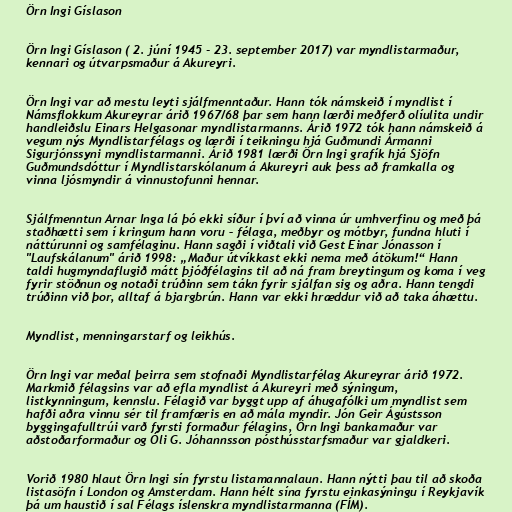
Örn Ingi Gíslason

Örn Ingi Gíslason ( 2. júní 1945 - 23. september 2017) var myndlistarmaður,
kennari og útvarpsmaður á Akureyri.

Örn Ingi var að mestu leyti sjálfmenntaður. Hann tók námskeið í myndlist í
Námsflokkum Akureyrar árið 1967/68 þar sem hann lærði meðferð olíulita undir
handleiðslu Einars Helgasonar myndlistarmanns. Árið 1972 tók hann námskeið á
vegum nýs Myndlistarfélags og lærði í teikningu hjá Guðmundi Ármanni
Sigurjónssyni myndlistarmanni. Árið 1981 lærði Örn Ingi grafík hjá Sjöfn
Guðmundsdóttur í Myndlistarskólanum á Akureyri auk þess að framkalla og
vinna ljósmyndir á vinnustofunni hennar.

Sjálfmenntun Arnar Inga lá þó ekki síður í því að vinna úr umhverfinu og með þá
staðhætti sem í kringum hann voru – félaga, meðbyr og mótbyr, fundna hluti í
náttúrunni og samfélaginu. Hann sagði í viðtali við Gest Einar Jónasson í
"Laufskálanum" árið 1998: „Maður útvíkkast ekki nema með átökum!“ Hann
taldi hugmyndaflugið mátt þjóðfélagins til að ná fram breytingum og koma í veg
fyrir stöðnun og notaði trúðinn sem tákn fyrir sjálfan sig og aðra. Hann tengdi
trúðinn við þor, alltaf á bjargbrún. Hann var ekki hræddur við að taka áhættu.

Myndlist, menningarstarf og leikhús.

Örn Ingi var meðal þeirra sem stofnaði Myndlistarfélag Akureyrar árið 1972.
Markmið félagsins var að efla myndlist á Akureyri með sýningum,
listkynningum, kennslu. Félagið var byggt upp af áhugafólki um myndlist sem
hafði aðra vinnu sér til framfæris en að mála myndir. Jón Geir Ágústsson
byggingafulltrúi varð fyrsti formaður félagins, Örn Ingi bankamaður var
aðstoðarformaður og Óli G. Jóhannsson pósthússtarfsmaður var gjaldkeri.

Vorið 1980 hlaut Örn Ingi sín fyrstu listamannalaun. Hann nýtti þau til að skoða
listasöfn í London og Amsterdam. Hann hélt sína fyrstu einkasýningu í Reykjavík
þá um haustið í sal Félags íslenskra myndlistarmanna (FÍM).